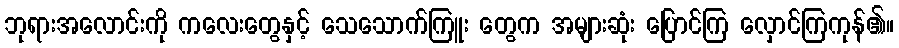
ဘုရားအလောင်းကို ကလေးတွေနှင့် သေသောက်ကြူး တွေက အများဆုံး ပြောင်ကြ လှောင်ကြကုန်၏။